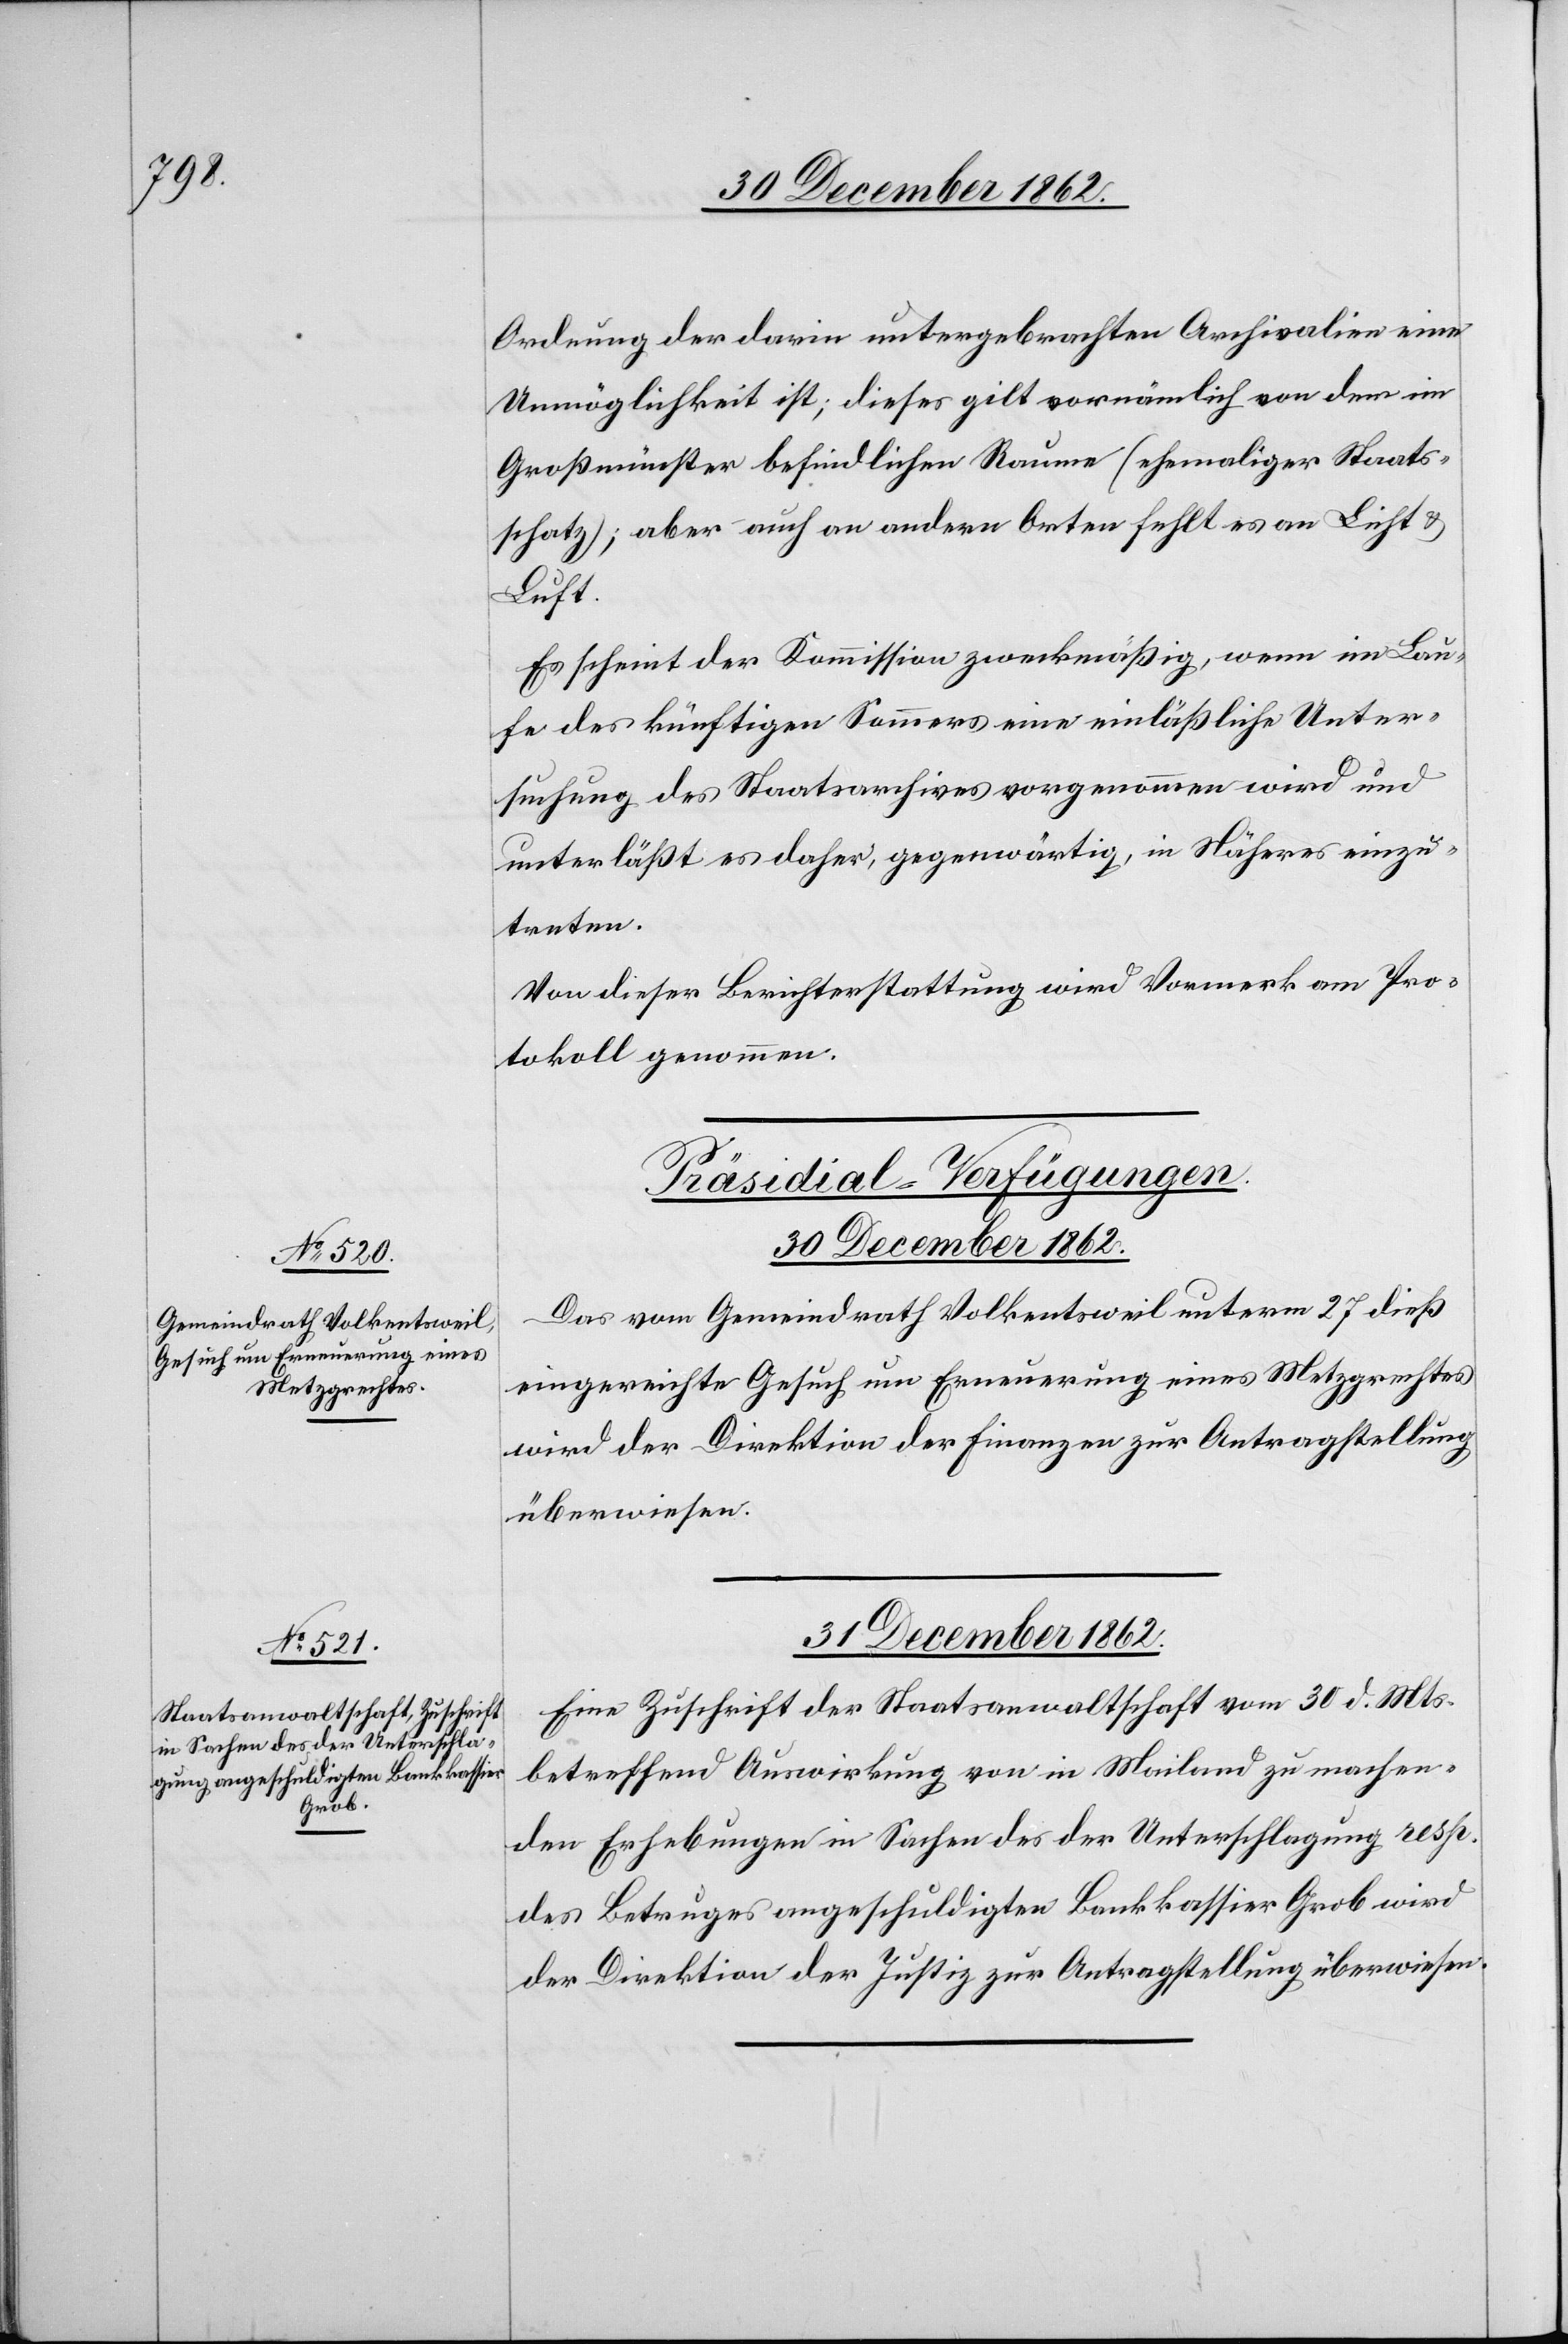
Ordnung der darin untergebrachten Archivalien eine
Unmöglichkeit ist; dieses gilt vornämlich von dem im
Großmünster befindlichen Raume (ehemaliger Staats¬
schatz); aber auch an andern Orten fehlt es an Licht u.
Luft.
Es scheint der Kommission zweckmäßig, wenn im Lau¬
fe des künftigen Sommers eine einläßliche Unter¬
suchung des Staatsarchives vorgenommen wird und
unterläßt es daher, gegenwärtig, in Näheres einzu¬
treten.
Von dieser Berichterstattung wird Vormerk am Pro¬
tokoll genommen.
[Präsidial-Verfügungen.]
31. December 1862.
Das vom Gemeindrath Volkentsweil unterm 27. dieß
eingereichte Gesuch um Erneuerung eines Metzgrechtes
wird der Direktion der Finanzen zur Antragstellung
überwiesen.
Eine Zuschrift der Staatsanwaltschaft vom 30. d. Mts.
betreffend Auswirkung von in Mailand zu machen¬
den Erhebungen in Sachen des der Unterschlagung resp.
des Betruges angeschuldigten Bankkassier Grob wird
der Direktion der Justiz zur Antragstellung überwiesen.